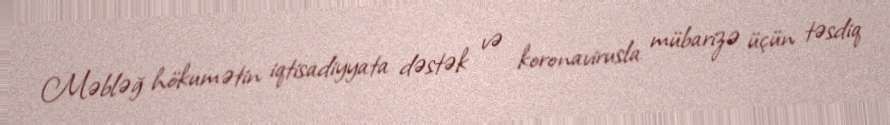
Məbləğ hökumətin iqtisadiyyata dəstək və koronavirusla mübarizə üçün təsdiq